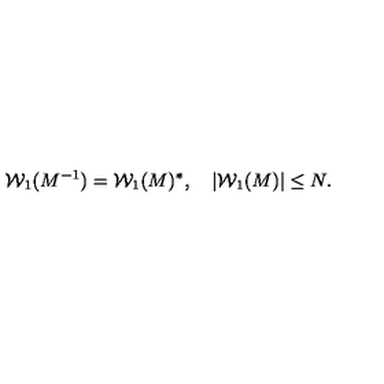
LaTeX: { \cal W } _ { 1 } ( M ^ { - 1 } ) = { \cal W } _ { 1 } ( M ) ^ { * } , \quad | { \cal W } _ { 1 } ( M ) | \leq N .